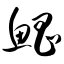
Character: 鲳